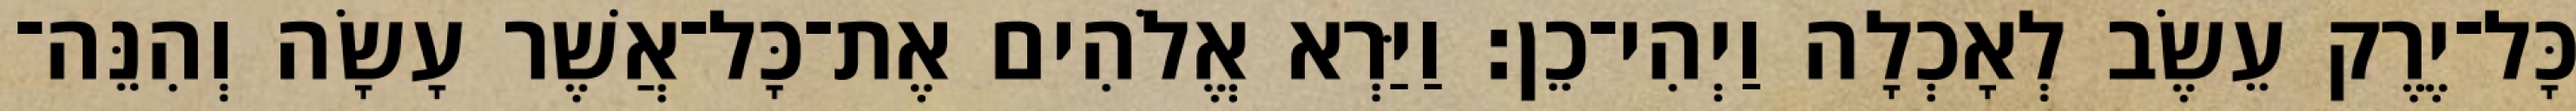
כָּל־יֶרֶק עֵשֶׂב לְאָכְלָה וַיְהִי־כֵן׃ וַיַּרְא אֱלֹהִים אֶת־כָּל־אֲשֶׁר עָשָׂה וְהִנֵּה־